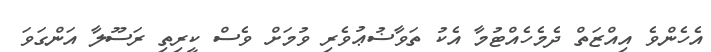
އެހެންވެ އިއްޒަތް ދެމެހެއްޓުމާ އެކު ތަވާޟުޢުވެރި ވުމަށް ވެސް ކީރިތި ރަސޫލާ އަންގަވަ